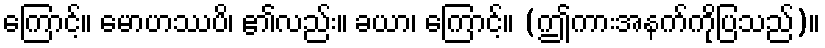
ကြောင့်။ မောဟဿပိ၊ ၏လည်း။ ခယာ၊ ကြောင့်။ (ဤကားအနက်ကိုပြသည်)။